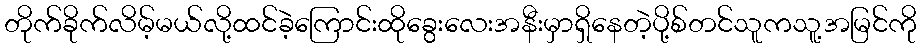
တိုက်ခိုက်လိမ့်မယ်လို့ထင်ခဲ့ကြောင်းထိုခွေးလေးအနီးမှာရှိနေတဲ့ပို့စ်တင်သူကသူ့အမြင်ကို